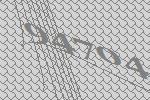
94704